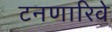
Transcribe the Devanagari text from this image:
टनणारिवे